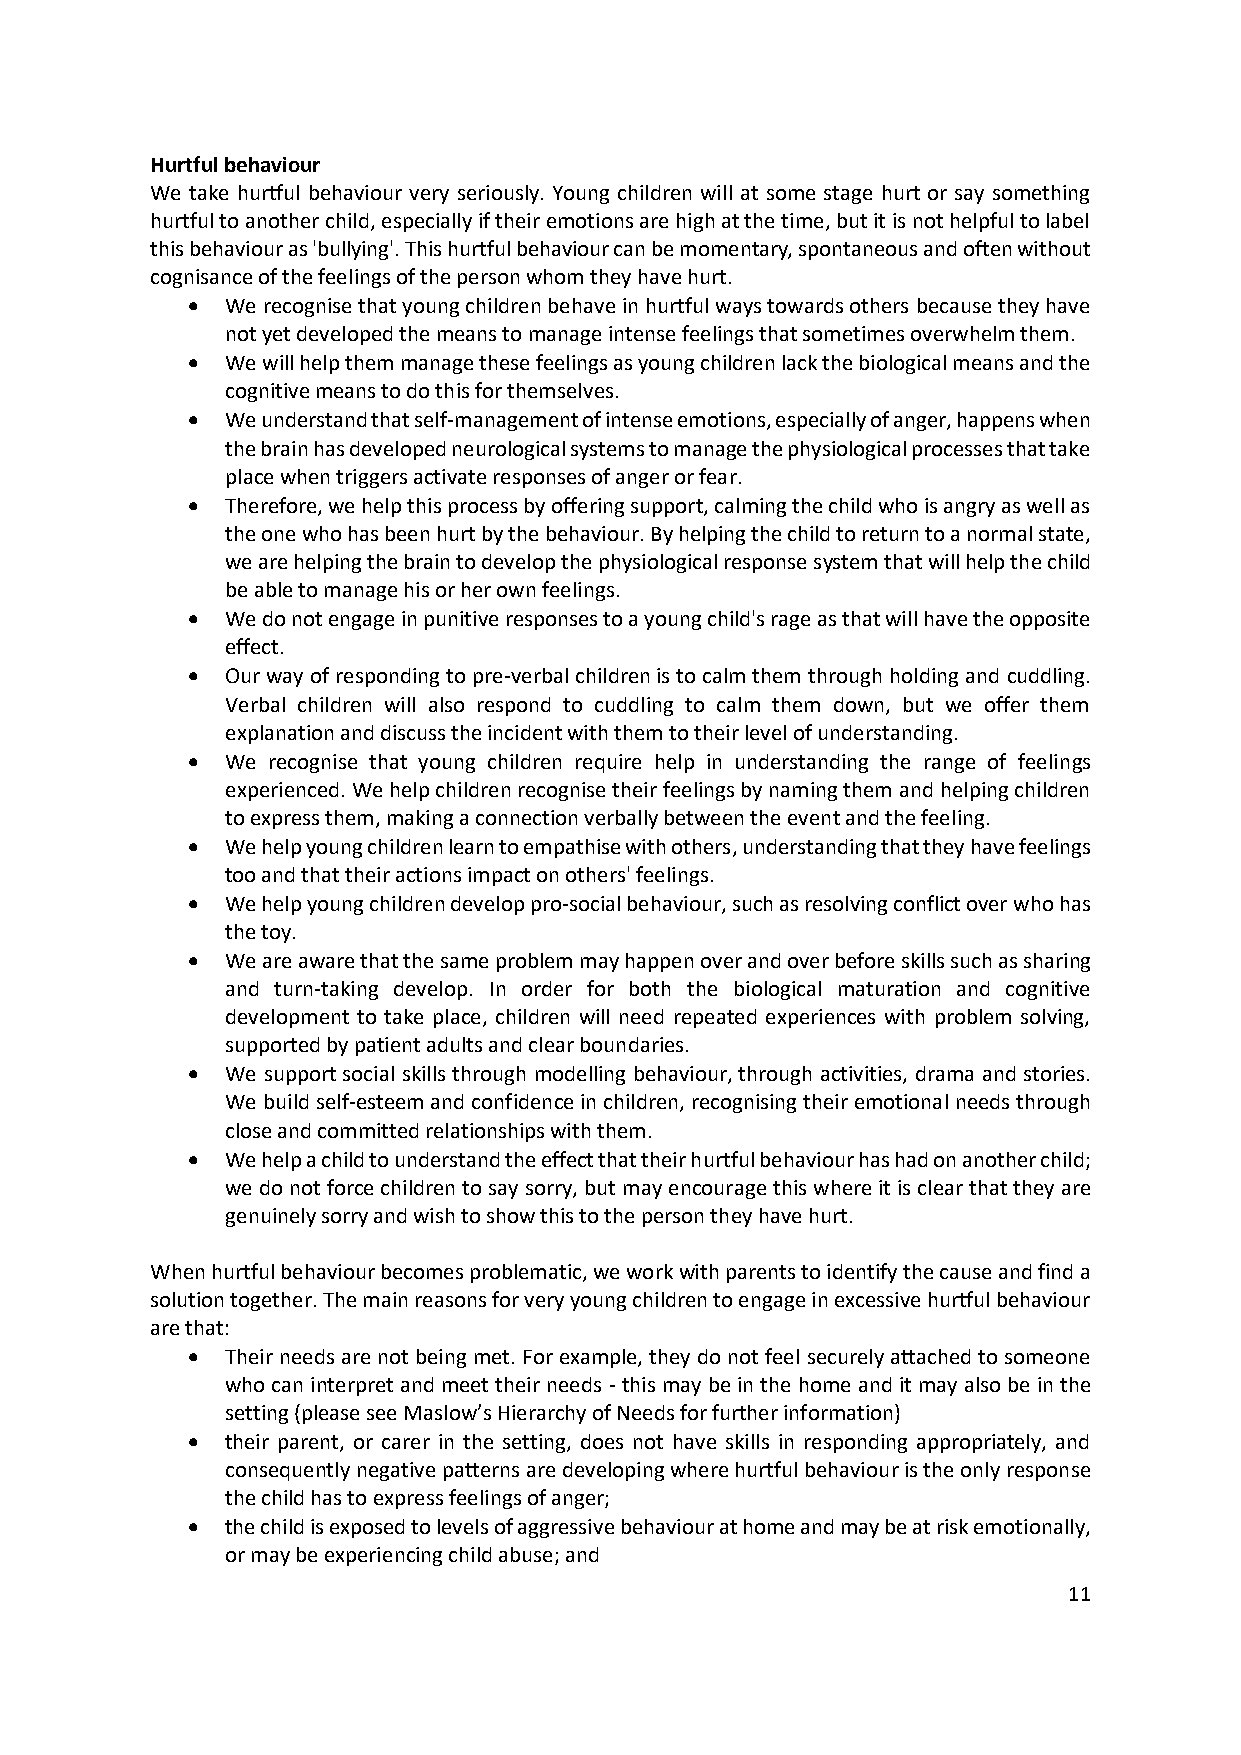
Hurtful behaviour
 We take hurtful behaviour very seriously. Young children will at some stage hurt or say something
 hurtful to another child, especially if their emotions are high at the time, but it is not helpful to label
 this behaviour as 'bullying'. This hurtful behaviour can be momentary, spontaneous and often without
 cognisance of the feelings of the person whom they have hurt.
 •  We recognise that young children behave in hurtful ways towards others because they have
 not yet developed the means to manage intense feelings that sometimes overwhelm them.
 •  We will help them manage these feelings as young children lack the biological means and the
 cognitive means to do this for themselves.
 •  We understand that self-management of intense emotions, especially of anger, happens when
 the brain has developed neurological systems to manage the physiological processes that take
 place when triggers activate responses of anger or fear.
 •  Therefore, we help this process by offering support, calming the child who is angry as well as
 the one who has been hurt by the behaviour. By helping the child to return to a normal state,
 we are helping the brain to develop the physiological response system that will help the child
 be able to manage his or her own feelings.
 •  We do not engage in punitive responses to a young child's rage as that will have the opposite
 effect.
 •  Our way of responding to pre-verbal children is to calm them through holding and cuddling.
 Verbal children will also respond to cuddling to calm them down, but we offer them
 explanation and discuss the incident with them to their level of understanding.
 •  We recognise that young children require help in understanding the range of feelings
 experienced. We help children recognise their feelings by naming them and helping children
 to express them, making a connection verbally between the event and the feeling.
 •  We help young children learn to empathise with others, understanding that they have feelings
 too and that their actions impact on others' feelings.
 •  We help young children develop pro-social behaviour, such as resolving conflict over who has
 the toy.
 •  We are aware that the same problem may happen over and over before skills such as sharing
 and turn-taking develop. In order for both the biological maturation and cognitive
 development to take place, children will need repeated experiences with problem solving,
 supported by patient adults and clear boundaries.
 •  We support social skills through modelling behaviour, through activities, drama and stories.
 We build self-esteem and confidence in children, recognising their emotional needs through
 close and committed relationships with them.
 •  We help a child to understand the effect that their hurtful behaviour has had on another child;
 we do not force children to say sorry, but may encourage this where it is clear that they are
 genuinely sorry and wish to show this to the person they have hurt.
 When hurtful behaviour becomes problematic, we work with parents to identify the cause and find a
 solution together. The main reasons for very young children to engage in excessive hurtful behaviour
 are that:
 •  Their needs are not being met. For example, they do not feel securely attached to someone
 who can interpret and meet their needs - this may be in the home and it may also be in the
 setting (please see Maslow’s Hierarchy of Needs for further information)
 •  their parent, or carer in the setting, does not have skills in responding appropriately, and
 consequently negative patterns are developing where hurtful behaviour is the only response
 the child has to express feelings of anger;
 •  the child is exposed to levels of aggressive behaviour at home and may be at risk emotionally,
 or may be experiencing child abuse; and
 11